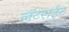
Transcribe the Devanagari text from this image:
लॅटराईट